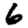
Digit: 6